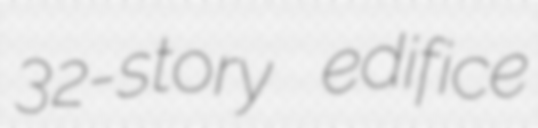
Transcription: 32-story edifice